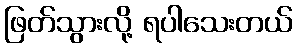
ဖြတ်သွားလို့ ရပါသေးတယ်